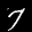
Label: 7